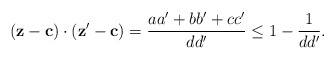
\begin{align*}(\mathbf z - \mathbf c)\cdot (\mathbf z' - \mathbf c)&= \frac{aa' + bb'+cc'}{dd'} \le 1 - \frac{1}{dd'}.\end{align*}